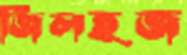
জিলহজ